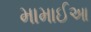
મામાઈઆ